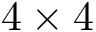
4 \times 4